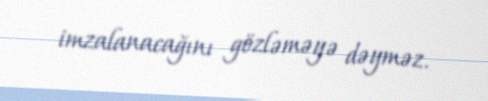
imzalanacağını gözləməyə dəyməz.